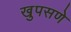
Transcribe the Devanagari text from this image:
खुपसणे